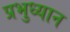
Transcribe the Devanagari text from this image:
प्रभुध्यान